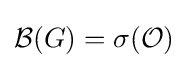
{\mathcal {B}}(G)=\sigma ({\mathcal {O}})